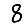
Digit: 8